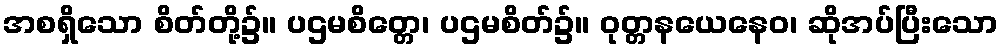
အစရှိသော စိတ်တို့၌။ ပဌမစိတ္တေ၊ ပဌမစိတ်၌။ ဝုတ္တနယေနေဝ၊ ဆိုအပ်ပြီးသော